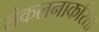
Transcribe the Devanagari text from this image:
संकलनाकरिता